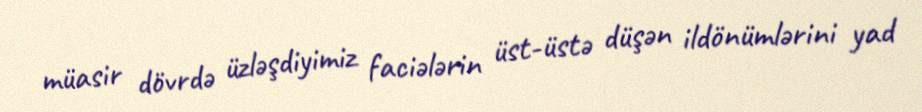
müasir dövrdə üzləşdiyimiz faciələrin üst-üstə düşən ildönümlərini yad